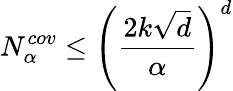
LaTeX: N_{\alpha}^{cov}\leq\left(\frac{2k\sqrt{d}}{\alpha}\right)^{d}